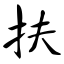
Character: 扶